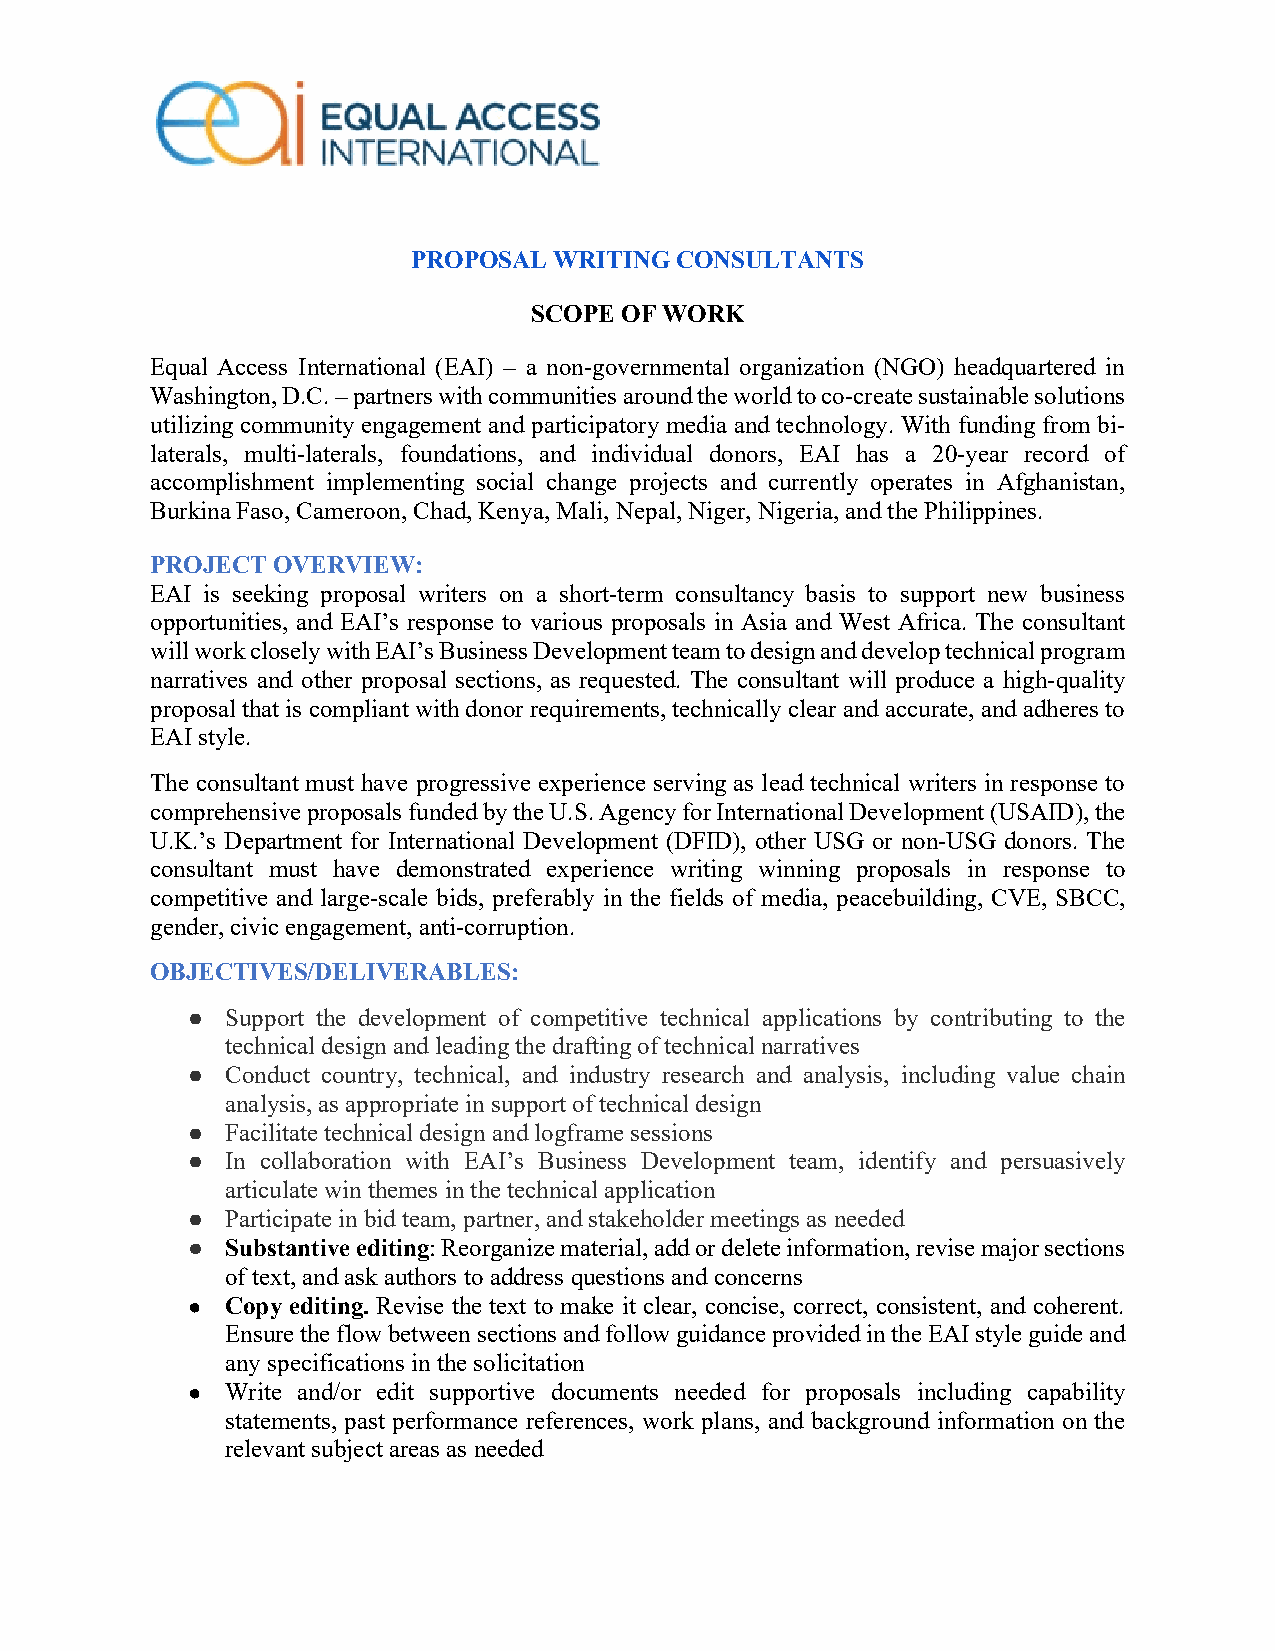
PROPOSAL  WRITING CONSULTANTS
 SCOPE OF WORK
 Equal Access International (EAI) – a non-governmental organization (NGO) headquartered in
 Washington, D.C. – partners with communities around the world to co-create sustainable solutions
 utilizing community engagement and participatory media and technology. With funding from bi-
 laterals, multi-laterals, foundations, and individual donors, EAI has a 20-year record of
 accomplishment implementing social change projects and currently operates in Afghanistan,
 Burkina Faso, Cameroon, Chad, Kenya, Mali, Nepal, Niger, Nigeria, and the Philippines.
 PROJECT OVERVIEW:
 EAI is seeking proposal writers on a short-term consultancy basis to support new business
 opportunities, and EAI’s response to various proposals in Asia and West Africa. The consultant
 will work closely with EAI’s Business Development team to design and develop technical program
 narratives and other proposal sections, as requested. The consultant will produce a high-quality
 proposal that is compliant with donor requirements, technically clear and accurate, and adheres to
 EAI style.
 The consultant must have progressive experience serving as lead technical writers in response to
 comprehensive proposals funded by the U.S. Agency for International Development (USAID), the
 U.K.’s Department for International Development (DFID), other USG or non-USG donors. The
 consultant must have demonstrated experience writing winning proposals in response to
 competitive and large-scale bids, preferably in the fields of media, peacebuilding, CVE, SBCC,
 gender, civic engagement, anti-corruption.
 OBJECTIVES/DELIVERABLES:
 ●  Support the development of competitive technical applications by contributing to the
 technical design and leading the drafting of technical narratives
 ●  Conduct country, technical, and industry research and analysis, including value chain
 analysis, as appropriate in support of technical design
 ●  Facilitate technical design and logframe sessions
 ●  In collaboration with EAI’s Business Development team, identify and persuasively
 articulate win themes in the technical application
 ●  Participate in bid team, partner, and stakeholder meetings as needed
 ●  Substantive editing: Reorganize material, add or delete information, revise major sections
 of text, and ask authors to address questions and concerns
 ●  Copy editing. Revise the text to make it clear, concise, correct, consistent, and coherent.
 Ensure the flow between sections and follow guidance provided in the EAI style guide and
 any specifications in the solicitation
 ●  Write and/or edit supportive documents needed for proposals including capability
 statements, past performance references, work plans, and background information on the
 relevant subject areas as needed